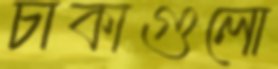
চাকাগুলো